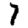
Digit: 7